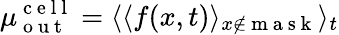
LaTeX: \mu_{\mathrm{~o~u~t~}}^{\mathrm{~c~e~l~l~}}=\langle\langle f(x,t)\rangle_{x\notin\mathrm{~m~a~s~k~}}\rangle_{t}